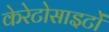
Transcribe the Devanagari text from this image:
केरेटोसाइटों